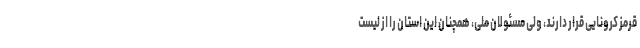
قرمز کرونایی قرار دارند، ولی مسئولان ملی، همچنان این استان را از لیست